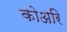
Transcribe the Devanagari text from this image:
कोअरि